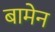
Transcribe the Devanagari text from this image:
बामेन